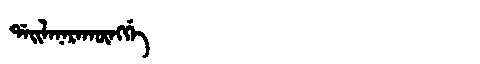
Manchu: ᡩᠠᡳᠯᠠᠨᠠᡵᠠᡴᡡᠩᡤᡝ
Romanization: DAILANARAKŪNGGE